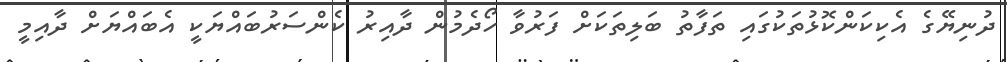
ދުނިޔޭގެ އެކިކަންކޮޅުތަކުގައި ތަފާތު ބަލިތަކަށް ފަރުވާ ހޯދެމުން ދާއިރު ކެންސަރުބައްޔަކީ އެބައްޔަށް ދާއިމީ